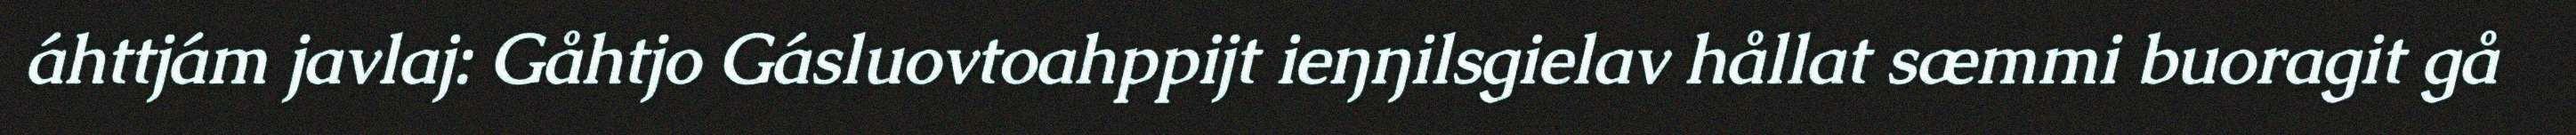
áhttjám javlaj: Gåhtjo Gásluovtoahppijt ieŋŋilsgielav hållat sæmmi buoragit gå